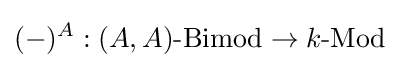
(-)^{A}:(A,A){\text{-Bimod}}\to k{\text{-Mod}}